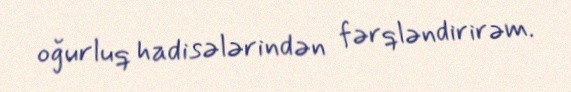
oğurluq hadisələrindən fərqləndirirəm.